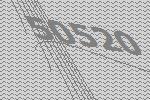
50520